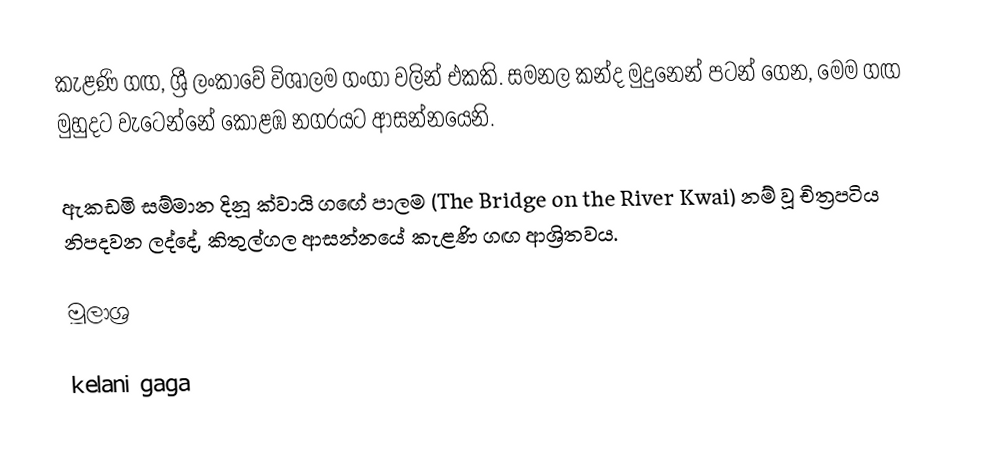
කැළණි ගඟ, ශ්‍රී ලංකාවේ විශාලම ගංගා වලින් එකකි. සමනල කන්ද මුදුනෙන් පටන් ගෙන, මෙම ගඟ මුහුදට වැටෙන්නේ කොළඹ නගරයට ආසන්නයෙනි.

ඇකඩමි සම්මාන දිනූ ක්වායි ගඟේ පාලම (The Bridge on the River Kwai) නම් වූ චිත්‍රපටිය නිපදවන ලද්දේ, කිතුල්ගල ආසන්නයේ කැළණි ගඟ ආශ්‍රිතවය.

මූලාශ්‍ර

kelani gaga